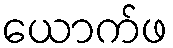
ယောက်ဖ